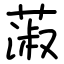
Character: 蔋